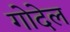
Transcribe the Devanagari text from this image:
गोदेल